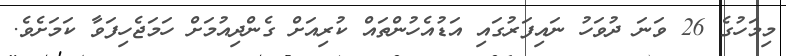
މިމަހުގެ 26 ވަނަ ދުވަހު ނައިފަރުގައި އަޑުއެހުންތައް ކުރިއަށް ގެންދިއުމަށް ހަމަޖެހިފަވާ ކަމަށެވެ.